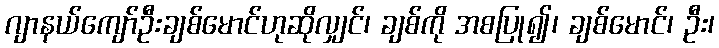
ဂျာနယ်ကျော်ဦးချစ်မောင်ဟုဆိုလျှင်၊ ချစ်ကို အစပြု၍၊ ချစ်မောင်၊ ဦး၊